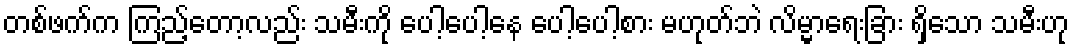
တစ်ဖက်က ကြည့်တော့လည်း သမီးကို ပေါ့ပေါ့နေ ပေါ့ပေါ့စား မဟုတ်ဘဲ လိမ္မာရေးခြား ရှိသော သမီးဟု